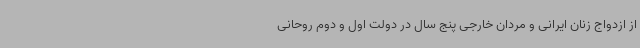
از ازدواج زنان ایرانی و مردان خارجی پنج سال در دولت اول و دوم روحانی